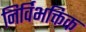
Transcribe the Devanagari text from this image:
निर्विभक्तिक